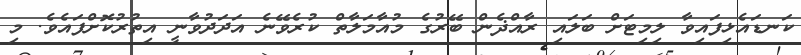
ކަނޑައެޅިފައިވާ ލިމިޓަށް ބަލައި ރާއްޛެން ބޭރުގެ މުއާމަލާތް ކުރެވޭނެ އަދަދުވާނީ އިތުރުކޮށްފައެވެ. މި